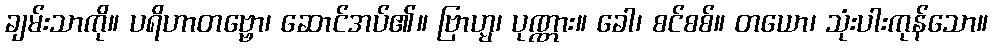
ချမ်းသာကို။ ပရိဟာတဗ္ဗော၊ ဆောင်အပ်၏။ ဗြာဟ္မ၊ ပုဏ္ဏား။ ခေါ၊ စင်စစ်။ တယော၊ သုံးပါးကုန်သော။